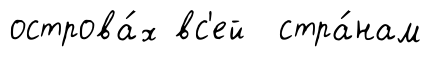
острова́х вс'ей стра́нам